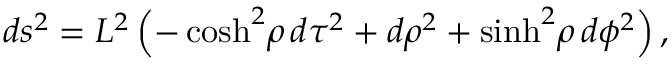
d s ^ { 2 } = L ^ { 2 } \left( - \cosh ^ { 2 } \! \rho \, d \tau ^ { 2 } + d \rho ^ { 2 } + \sinh ^ { 2 } \! \rho \, d \phi ^ { 2 } \right) ,